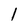
Character: l